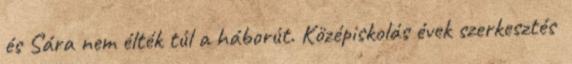
és Sára nem élték túl a háborút. Középiskolás évek szerkesztés